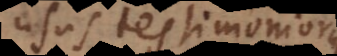
usus testimoniorum